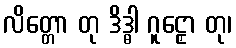
လိတ္တော တု ဒိဒ္ဓါ ဂူဠှော တု၊